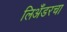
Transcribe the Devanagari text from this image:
लिअँडरचा